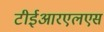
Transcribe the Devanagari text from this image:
टीईआरएलएस